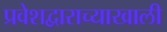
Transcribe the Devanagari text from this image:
प्रवेशद्वाराच्याखाली